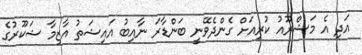
އަދި އެ މަޝްރޫއު ކުރިއަށް ގެންދެވޭނީ ބަންޑާރަ ނާއިބު އައިޝަތު އާޒިމާ ޝަކޫރުގެ